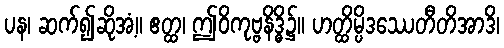
ပန၊ ဆက်၍ဆိုအံ့။ ဧတ္ထ၊ ဤဝိကုဗ္ဗနိဒ္ဓိ၌။ ဟတ္ထိမ္ပိဒဿေတီတိအာဒိ၊